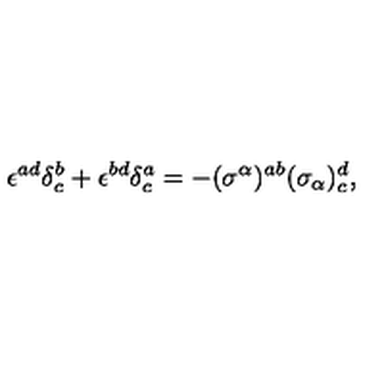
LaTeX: \epsilon ^ { a d } \delta _ { c } ^ { b } + \epsilon ^ { b d } \delta _ { c } ^ { a } = - ( \sigma ^ { \alpha } ) ^ { a b } ( \sigma _ { \alpha } ) _ { c } ^ { d } ,